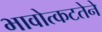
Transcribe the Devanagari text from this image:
भावोत्कटतेने